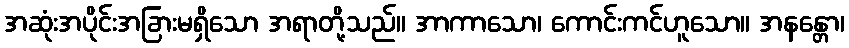
အဆုံးအပိုင်းအခြားမရှိသော အရာတို့သည်။ အာကာသော၊ ကောင်းကင်ဟူသော။ အနန္တော၊